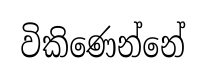
විකිණෙන්නේ